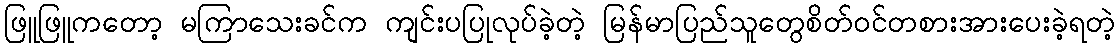
ဖြူဖြူကတော့ မကြာသေးခင်က ကျင်းပပြုလုပ်ခဲ့တဲ့ မြန်မာပြည်သူတွေစိတ်ဝင်တစားအားပေးခဲ့ရတဲ့